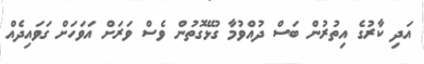
އަދި ކާރުގެ އިތުރުން ބަސް ދުއްވުމާ ގުޅޭގޮތުން ވެސް ވަރަށް އަވަހަށް ގަވައިދެއް